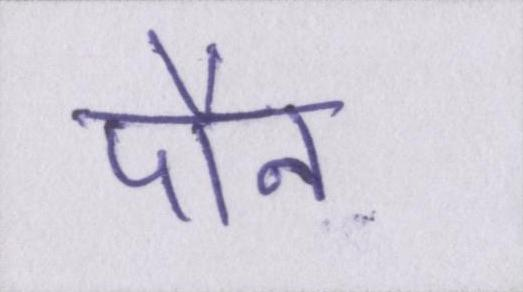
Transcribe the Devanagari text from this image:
पौन